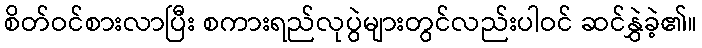
စိတ်ဝင်စားလာပြီး စကားရည်လုပွဲများတွင်လည်းပါဝင် ဆင်နွှဲခဲ့၏။